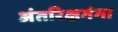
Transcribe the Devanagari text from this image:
अंतरिक्षगंगा